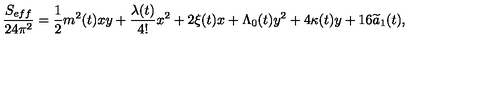
\frac { S _ { e f f } } { 2 4 \pi ^ { 2 } } = \frac { 1 } { 2 } m ^ { 2 } ( t ) x y + \frac { \lambda ( t ) } { 4 ! } x ^ { 2 } + 2 \xi ( t ) x + \Lambda _ { 0 } ( t ) y ^ { 2 } + 4 \kappa ( t ) y + 1 6 \widetilde { a } _ { 1 } ( t ) ,